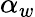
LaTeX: \alpha_{w}